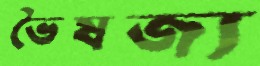
ভৈষজ্য